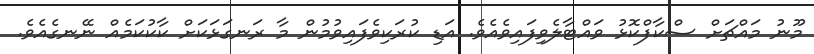
މޫނު މައްޗަށް ސްކާފްކޮޅު ވައްޓާލެވިފައިވެއެވެ. އަޑި ކުރަކިވެފައިވުމުން މާ ރަނގަޅަކަށް ކާކުކަމެއް ނޭނގެއެވެ.